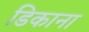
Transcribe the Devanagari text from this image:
डिकाना